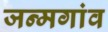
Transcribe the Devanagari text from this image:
जन्मगांव